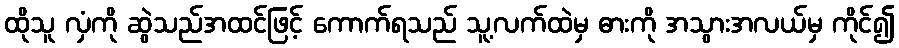
ထိုသူ လှံကို ဆွဲသည်အထင်ဖြင့် ကောက်ရသည် သူ့လက်ထဲမှ ဓားကို အသွားအလယ်မှ ကိုင်၍